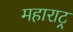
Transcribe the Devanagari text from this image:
महाराट्र